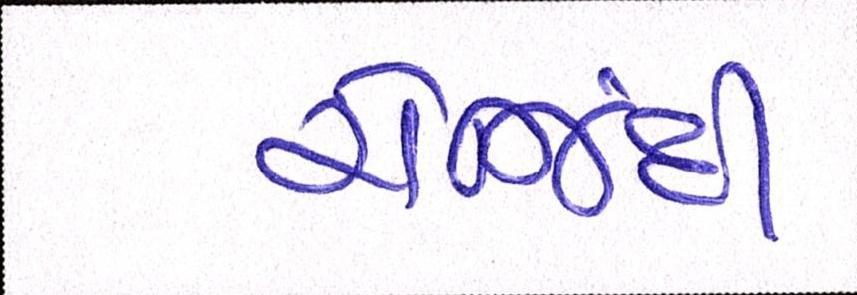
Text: રોજિંદી